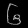
Digit: ၆